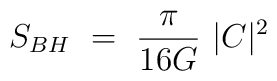
S_{BH}~=~{\pi \over 16G}~|C|^2~